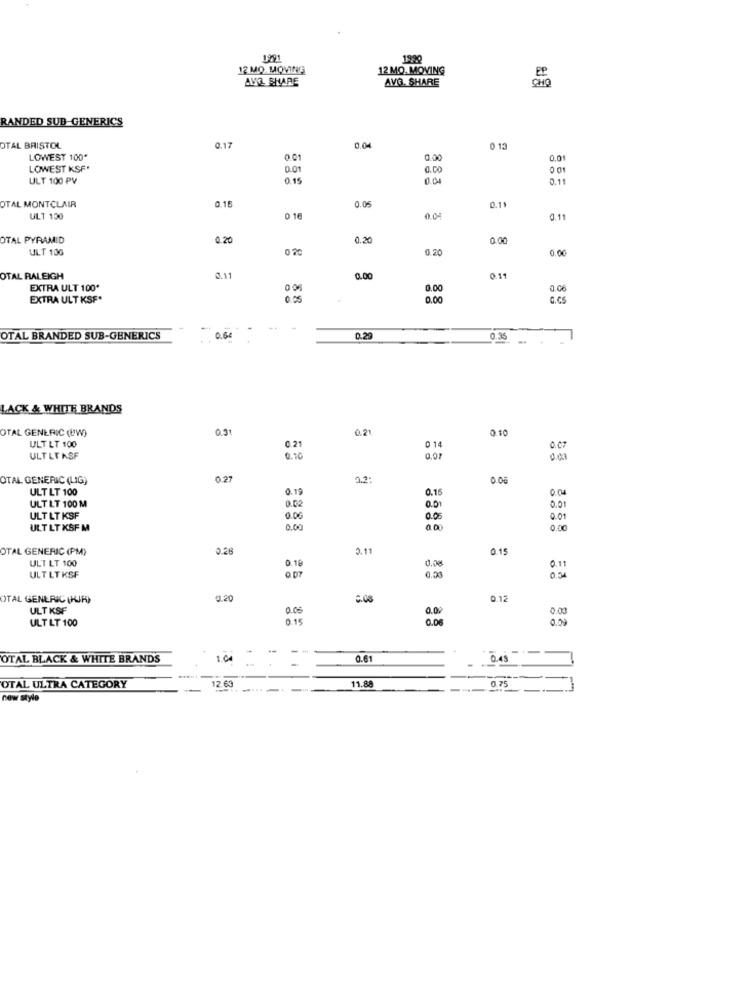
1991
1990
12 MO MOVING
12 MO. MOVING
AVO SHARE
AVG. SHARE
RANDED SUB-GENERICS
OTAL BRISTOL
0.17
0.04
0 13
LOWEST 100*
0.01
0.00
0.01
LOWEST KSF.
0.01
0.00
001
ULT 100 PV
0.15
0.04
0.11
OTAL MONTCLAIR
0.15
0.05
0.11
ULT 130
0 16
0.04
0.11
OTAL PYRAMID
0.20
0.20
0.00
ULT 106
0.20
0.00
OTAL RALEIGH
0.11
0.00
0.11
EXTRA ULT 100*
00
0.00
0.06
EXTRA ULT KSF*
0.00
G.CS
OTAL BRANDED SUB-GENERICS
0.64
0.29
0.35
... .
LACK & WHITE BRANDS
OTAL GENERIC (UW)
0.31
0.21
0 10
ULT LT 100
0.21
0 14
0.07
ULTLT ASF
0.70
0.07
OTAL GENERIC (LIG)
0.27
2.2:
0.08
ULT LT 100
0.19
0.15
000
ULT LT 100 M
0.02
0.01
0.0.
ULT LT KSF
0.06
0.05
ULT LT KSF M
0.00
0.00
OTAL GENERIC (PM)
0.28
2.11
0.15
ULT LT 100
0.08
0.10
0.11
ULT LT KSF
0.03
021
OTAL GENERIC (KJR)
0.20
0.12
ULT KSF
0.05
0.03
ULT LT 100
0.15
0.00
0.00
OTAL BLACK & WHITE BRANDS
1.00
0.61
Q.45
12.64
0.75
OTAL ULTRA CATEGORY
11.88
---
new style